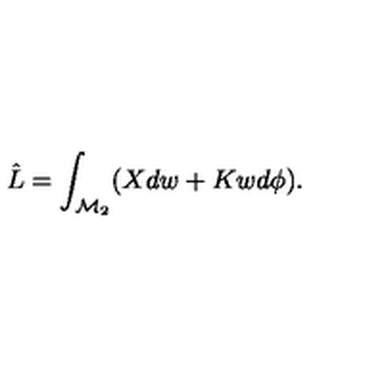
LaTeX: \hat { L } = \int _ { \mathcal { M } _ { 2 } } ( X d w + K w d \phi ) .